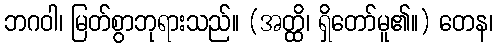
ဘဂဝါ၊ မြတ်စွာဘုရားသည်။ (အတ္ထိ၊ ရှိတော်မူ၏။) တေန၊